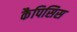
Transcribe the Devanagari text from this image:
कैपिसिस